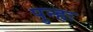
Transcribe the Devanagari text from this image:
पुन्हः